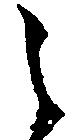
之